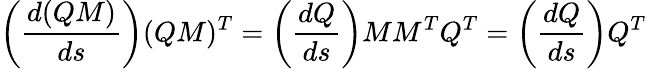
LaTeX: \left({\frac{d(QM)}{ds}}\right)(QM)^{T}=\left({\frac{dQ}{ds}}\right)MM^{T}Q^{T}=\left({\frac{dQ}{ds}}\right)Q^{T}